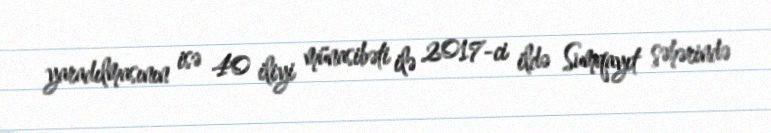
yaradılmasının isə 40 iliyi münasibəti ilə 2017-ci ildə Sumqayıt şəhərində